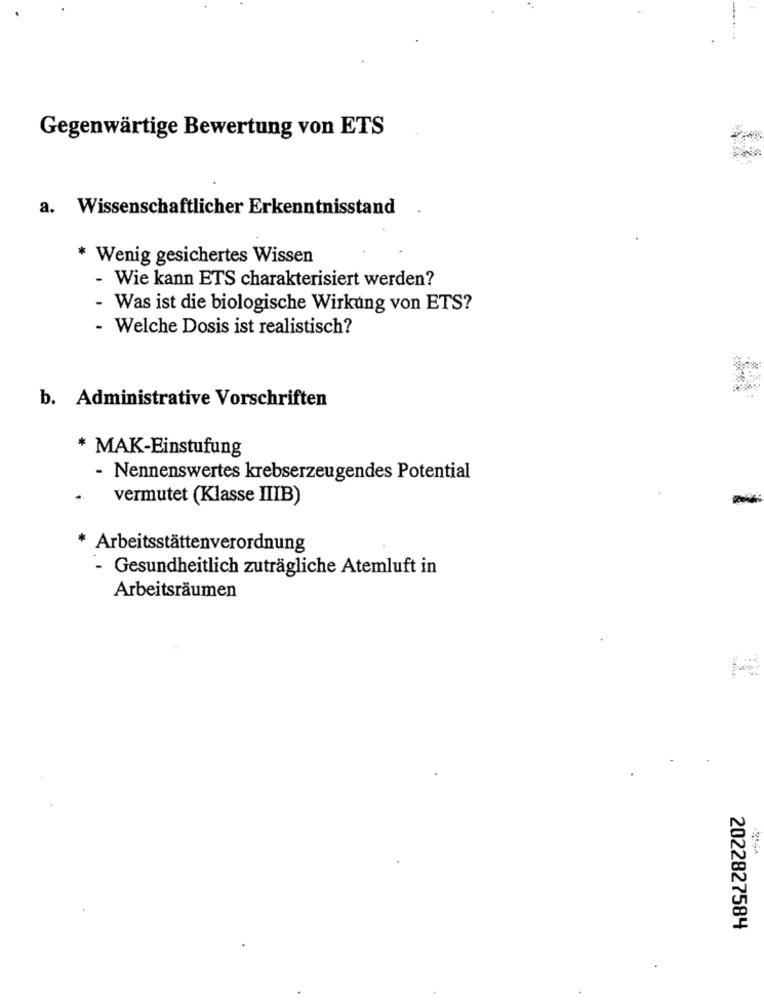
Gegenwärtige Bewertung von ETS
a. Wissenschaftlicher Erkenntnisstand
* Wenig gesichertes Wissen
- Wie kann ETS charakterisiert werden?
- Was ist die biologische Wirkung von ETS?
- Welche Dosis ist realistisch?
b. Administrative Vorschriften
* MAK-Einstufung
- Nennenswertes krebserzeugendes Potential
vermutet (Klasse IIIB)
* Arbeitsstättenverordnung
- Gesundheitlich zuträgliche Atemluft in
Arbeitsräumen
2022827584